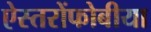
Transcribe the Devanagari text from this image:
ऐस्तरोंफोबीया